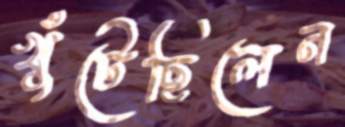
খুঁটেছিলেন